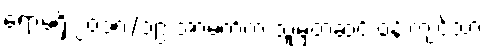
ရောမရှိ ၂၀၁၈/၁၉ အာမက်က သူမှတဆင့် ဝန်းကျင်သာ